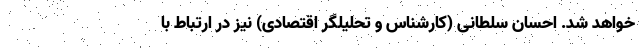
خواهد شد. احسان سلطانی (کارشناس و تحلیلگر اقتصادی) نیز در ارتباط با